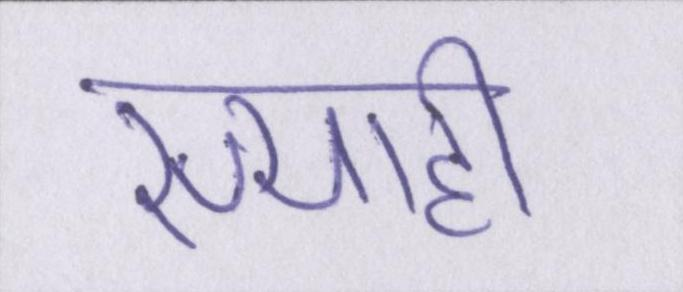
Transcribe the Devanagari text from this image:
स्याही